Report of the Municipal Commissioner on the plague in Bombay for the year ending 31st May... - Volume 3
Disease focus: Plague
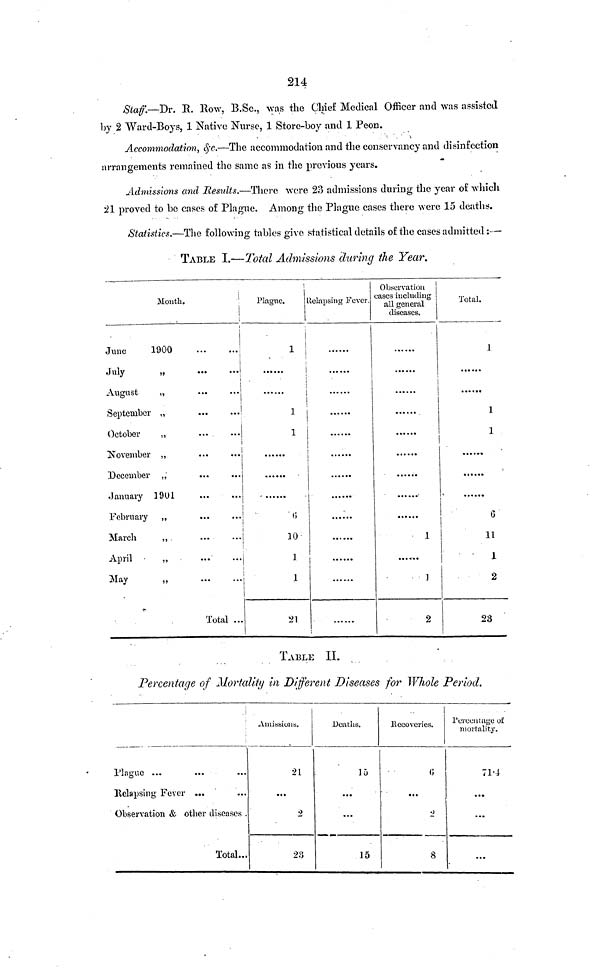
214
Staff—Dr. R. Row, B.Sc., was the Chief Medical Officer and was assisted
by 2 Ward-Boys, 1 Native Nurse, 1 Store-boy and 1 Peon.
Accommodation, &c.—The accommodation and the conservancy and disinfection
arrangements remained the same as in the previous years.
Admissions and Results.—There were 23 admissions during the year of which
21 proved to be cases of Plague. Among the Plague cases there were 15 deaths.
Statistics.—The following tables give statistical details of the cases admitted :—
TABLE I.—Total Admissions during the Year.
Month.
'
|
June
1900
July
„
l
August
„
September „
October
,,
November „
December „
January 1901
February „
March
„
April -
„
May
„
Total ...
Plague.
1
1
10
21
Llelapsing Fever.
Observation
eases including
all general
diseases.
l
t
1
2
Total.
1
6
11
1
2
23
TABLE II.
Percentage of Mortality in Different Diseases for Whole Period.
\
Plague ...
Relapsing Fever ...
Observation & other diseases .
Total...
...
2
23
Deaths.
...
...
15
0
...
8
Percentage of
mortality.
71·4-
...
...